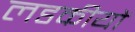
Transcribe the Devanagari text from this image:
लडकीयों